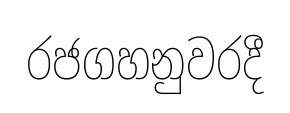
රජගහනුවරදී